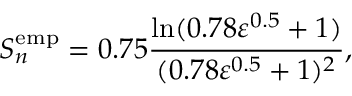
S _ { n } ^ { \mathrm { e m p } } = 0 . 7 5 \frac { \ln ( 0 . 7 8 \varepsilon ^ { 0 . 5 } + 1 ) } { ( 0 . 7 8 \varepsilon ^ { 0 . 5 } + 1 ) ^ { 2 } } ,